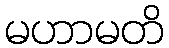
မဟာမတိ